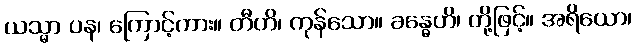
ယသ္မာ ပန၊ ကြောင့်ကား။ တီဟိ၊ ကုန်သော။ ခန္ဓေဟိ၊ တို့ဖြင့်။ အရိယော၊